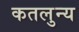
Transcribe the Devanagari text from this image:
कतलुन्य